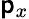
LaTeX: \mathsf{p}_{x}